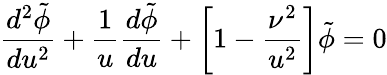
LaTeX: {\frac{d^{2}\tilde{\phi}}{du^{2}}}+{\frac{1}{u}}{\frac{d\tilde{\phi}}{du}}+\left[1-{\frac{\nu^{2}}{u^{2}}}\right]\tilde{\phi}=0